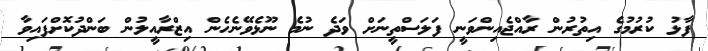
ފާޅު ކުރުމުގެ އިތުރުން ރާއްޖެއިންވަނީ ފަލަސްތީނަށް ވަދެ ނުމެ ނޫޅެވޭނެހެން އިޒްރާއީލުން ބަންދުކޮށްފައިވާ